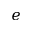
e